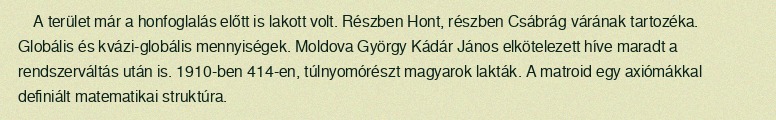
A terület már a honfoglalás előtt is lakott volt. Részben Hont, részben Csábrág várának tartozéka. Globális és kvázi-globális mennyiségek. Moldova György Kádár János elkötelezett híve maradt a rendszerváltás után is. 1910-ben 414-en, túlnyomórészt magyarok lakták. A matroid egy axiómákkal definiált matematikai struktúra.